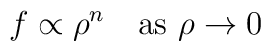
f\propto \rho ^{n}\quad \mbox{as }\rho \rightarrow 0